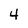
Character: 4